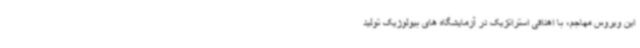
این ویروس مهاجم، با اهدافی استراتژیک در آزمایشگاه های بیولوژیک تولید